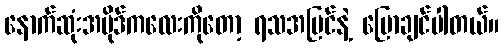
နောက်ဆုံးအပိုဒ်ကလေးကိုတော့ ရသအမြင်နဲ့ ပြောချင်ပါတယ်။